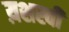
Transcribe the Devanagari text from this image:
य़शस्वी